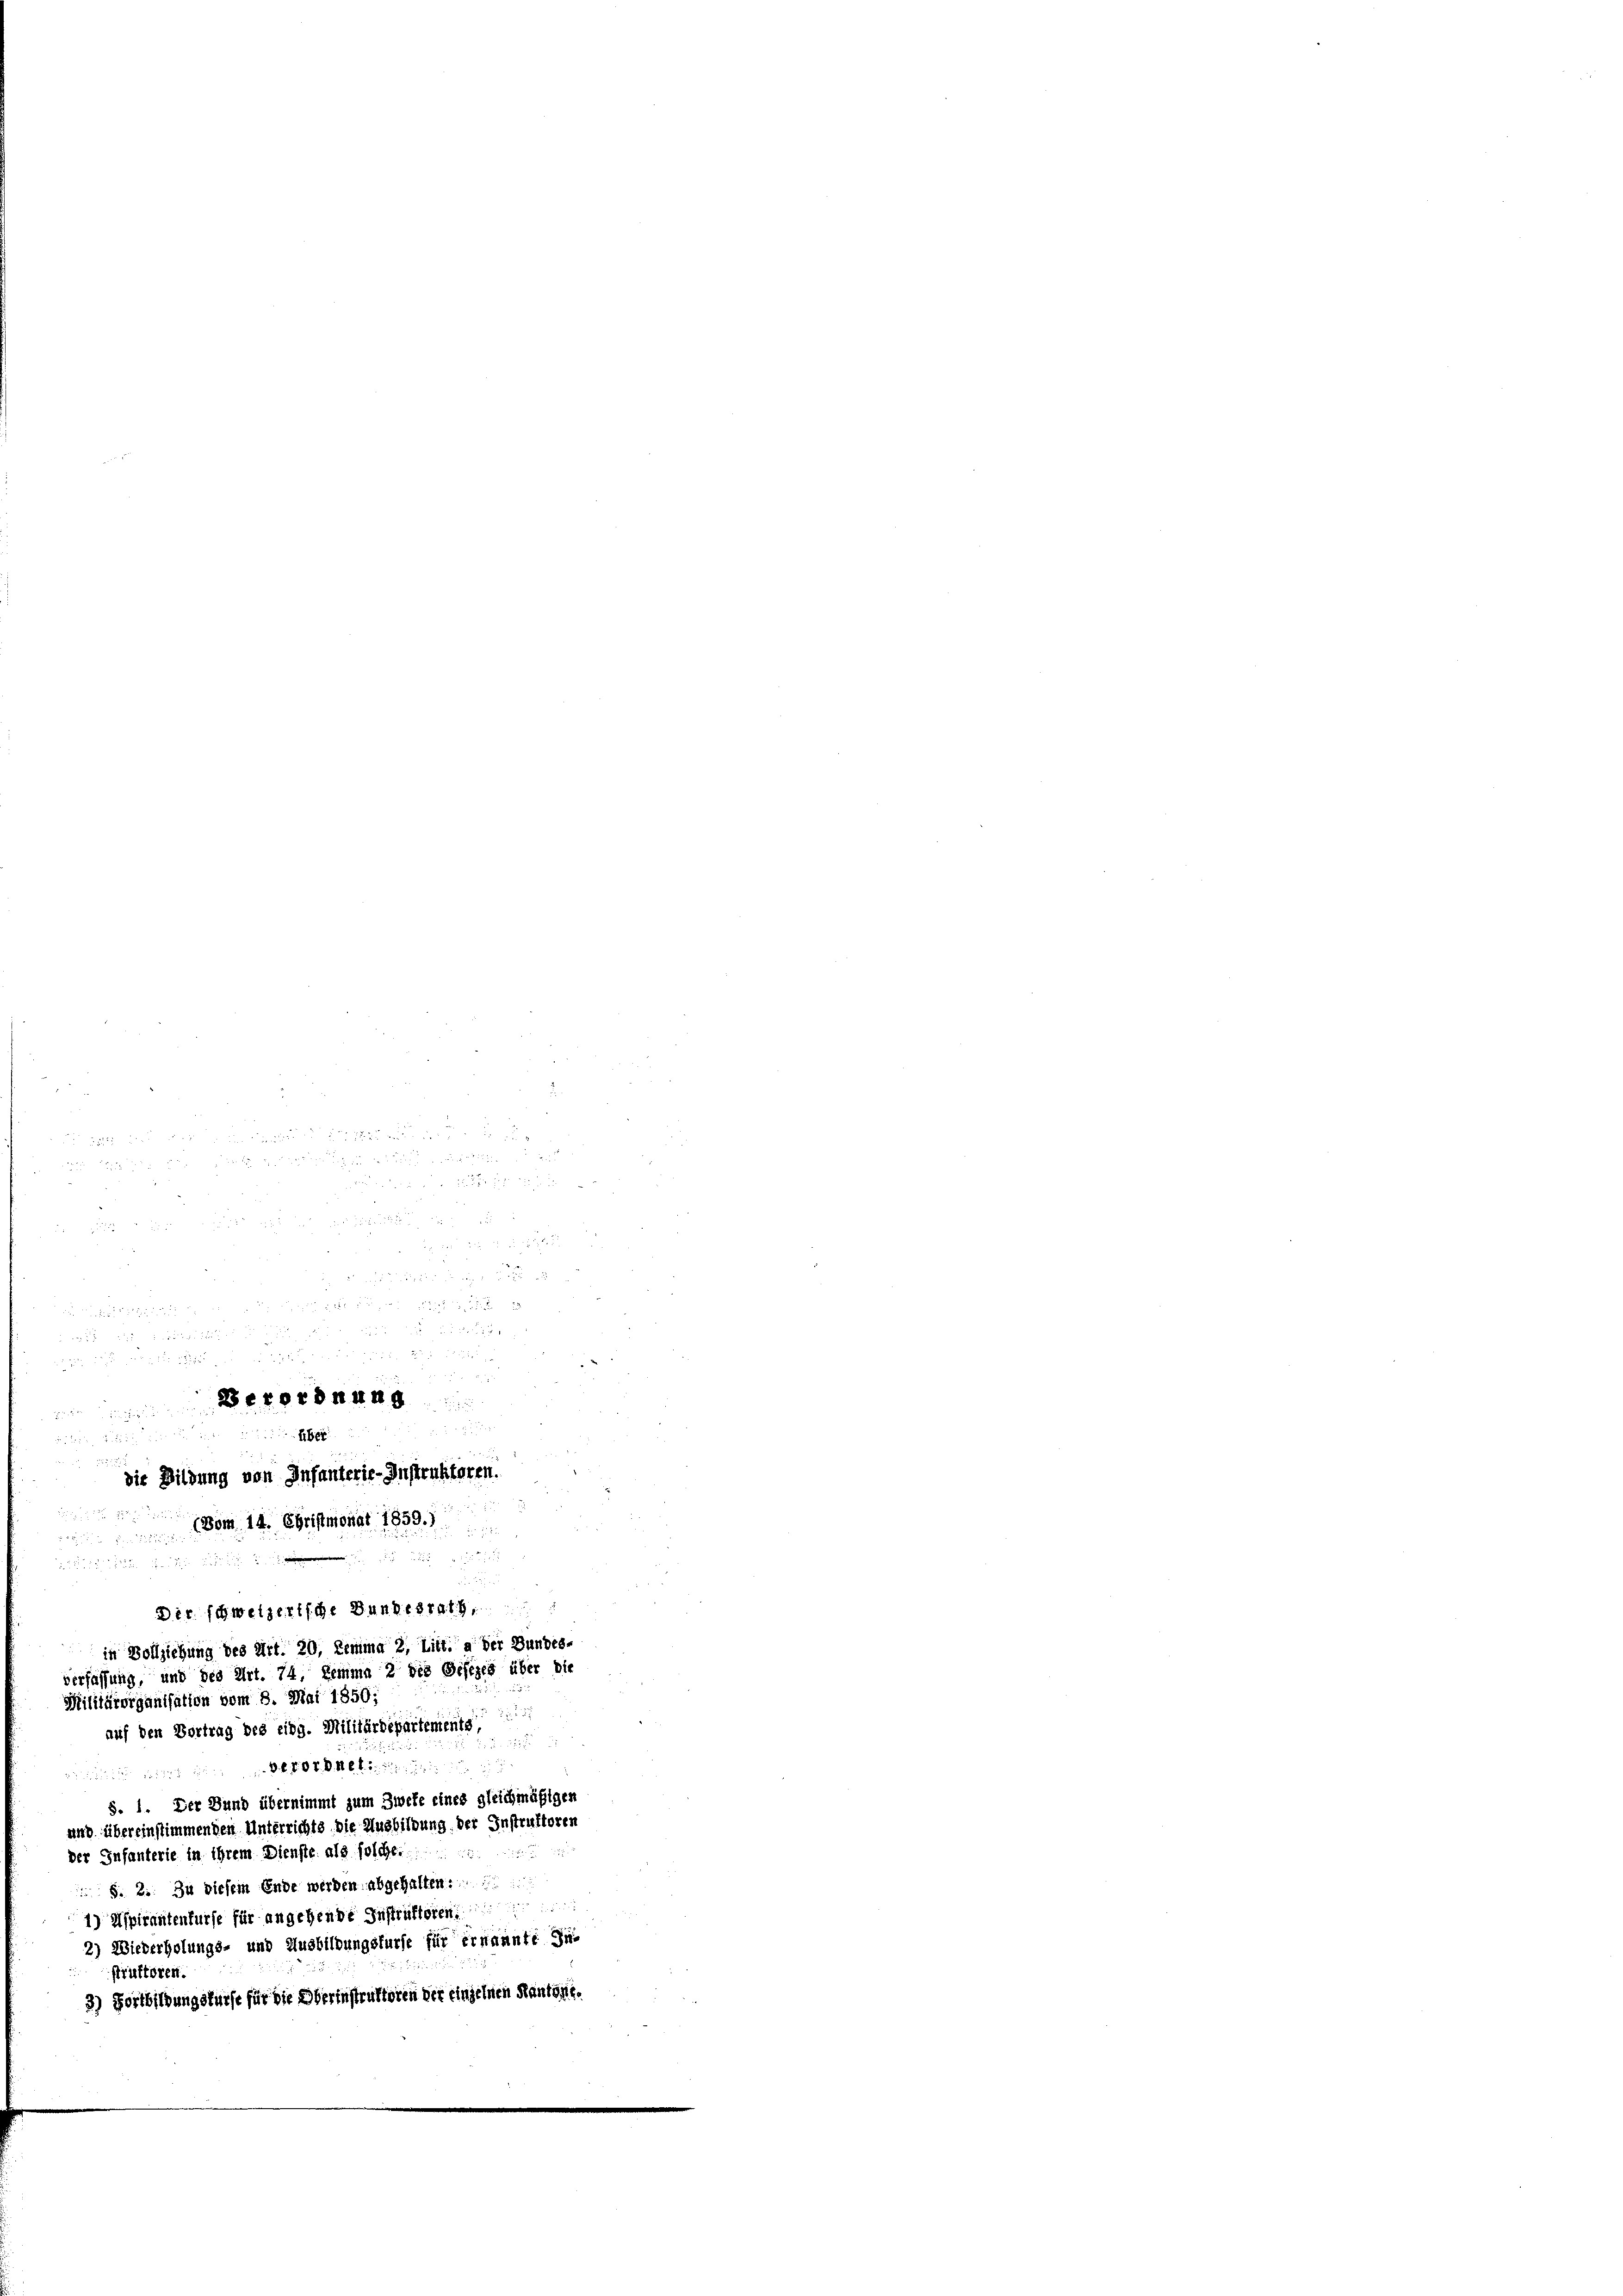
,

 8 des 18
e

x

82 x

f
Berordnung
 52 x
d
Eber

.
die Bildung von Infanterie-Instruktoren.
2
(vom 14. Christmonat 1839.

22

e
1) Aspirantenfurse für angehende Instruktoren
2) Wiederholungs- und Ausbildungsfürse für ernannte die
Gruftören.
3) Fortbildungsfürst für die Oberinstruktoren der einzelnen Kantone.

Dir schweizerische Bundesrath
in Vollziehung des Art. 20, Lemma 2, Litt. a der Bundes-
verfassung, und des Art. 74, Lemma 2 des Gesezes über die
Militärorganisation vom 8. Mai 1850;
auf den Vortrag des eidg. Militärdepartements

un seinen in in den der
§. 1. Der Bund übernimmt zum Zweke eines gleichmäßigen
und übereinstimmenden Unterrichts die Ausbildung der Instruktoren
der Infanterie in ihrem Dienste als solche
 §. 2. Zu diesem Ende werden abgehalten.